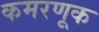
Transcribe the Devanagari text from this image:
कमरणूक